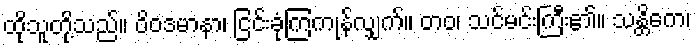
ထိုသူတို့သည်။ ဝိဝဒမာနာ၊ ငြင်းခုံကြကုန်လျှက်။ တဝ၊ သင်မင်းကြီး၏။ သန္တိကေ၊